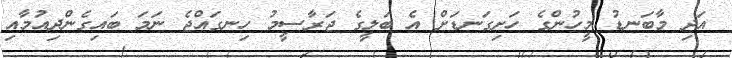
އަދި މާބަނޑު މީހުންގެ ހަށިގަނޑަށް އެ ބަލީގެ ޖަރާސީމު ހިނގައްޖެ ނަމަ ބައިގެންދިއުމާއި